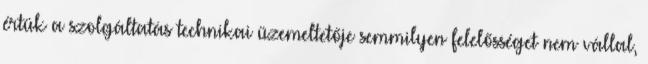
értük a szolgáltatás technikai üzemeltetője semmilyen felelősséget nem vállal,